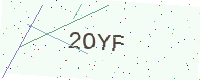
Text: 2OYF